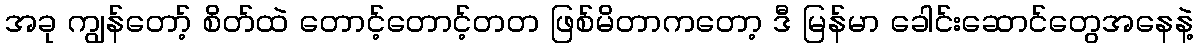
အခု ကျွန်တော့် စိတ်ထဲ တောင့်တောင့်တတ ဖြစ်မိတာကတော့ ဒီ မြန်မာ ခေါင်းဆောင်တွေအနေနဲ့